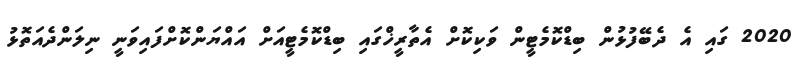
2020 ގައި އެ ދެބޭފުޅުން ބިޑްކޮމެޓީން ވަކިކޮށް އެތާރީޚްގައި ބިޑްކޮމެޓީއަށް އައްޔަންކޮށްފައިވަނީ ނިލަންދެއަތޮޅު